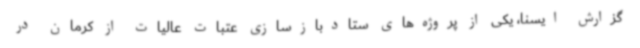
گزارش ایسنا، یکی از پروژه‌های ستادبازسازی عتبات عالیات از کرمان در